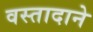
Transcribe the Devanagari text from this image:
वस्तादाने